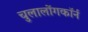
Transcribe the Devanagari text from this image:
चुलालोंगकॉर्न